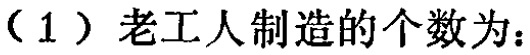
（1）老工人制造的个数为：